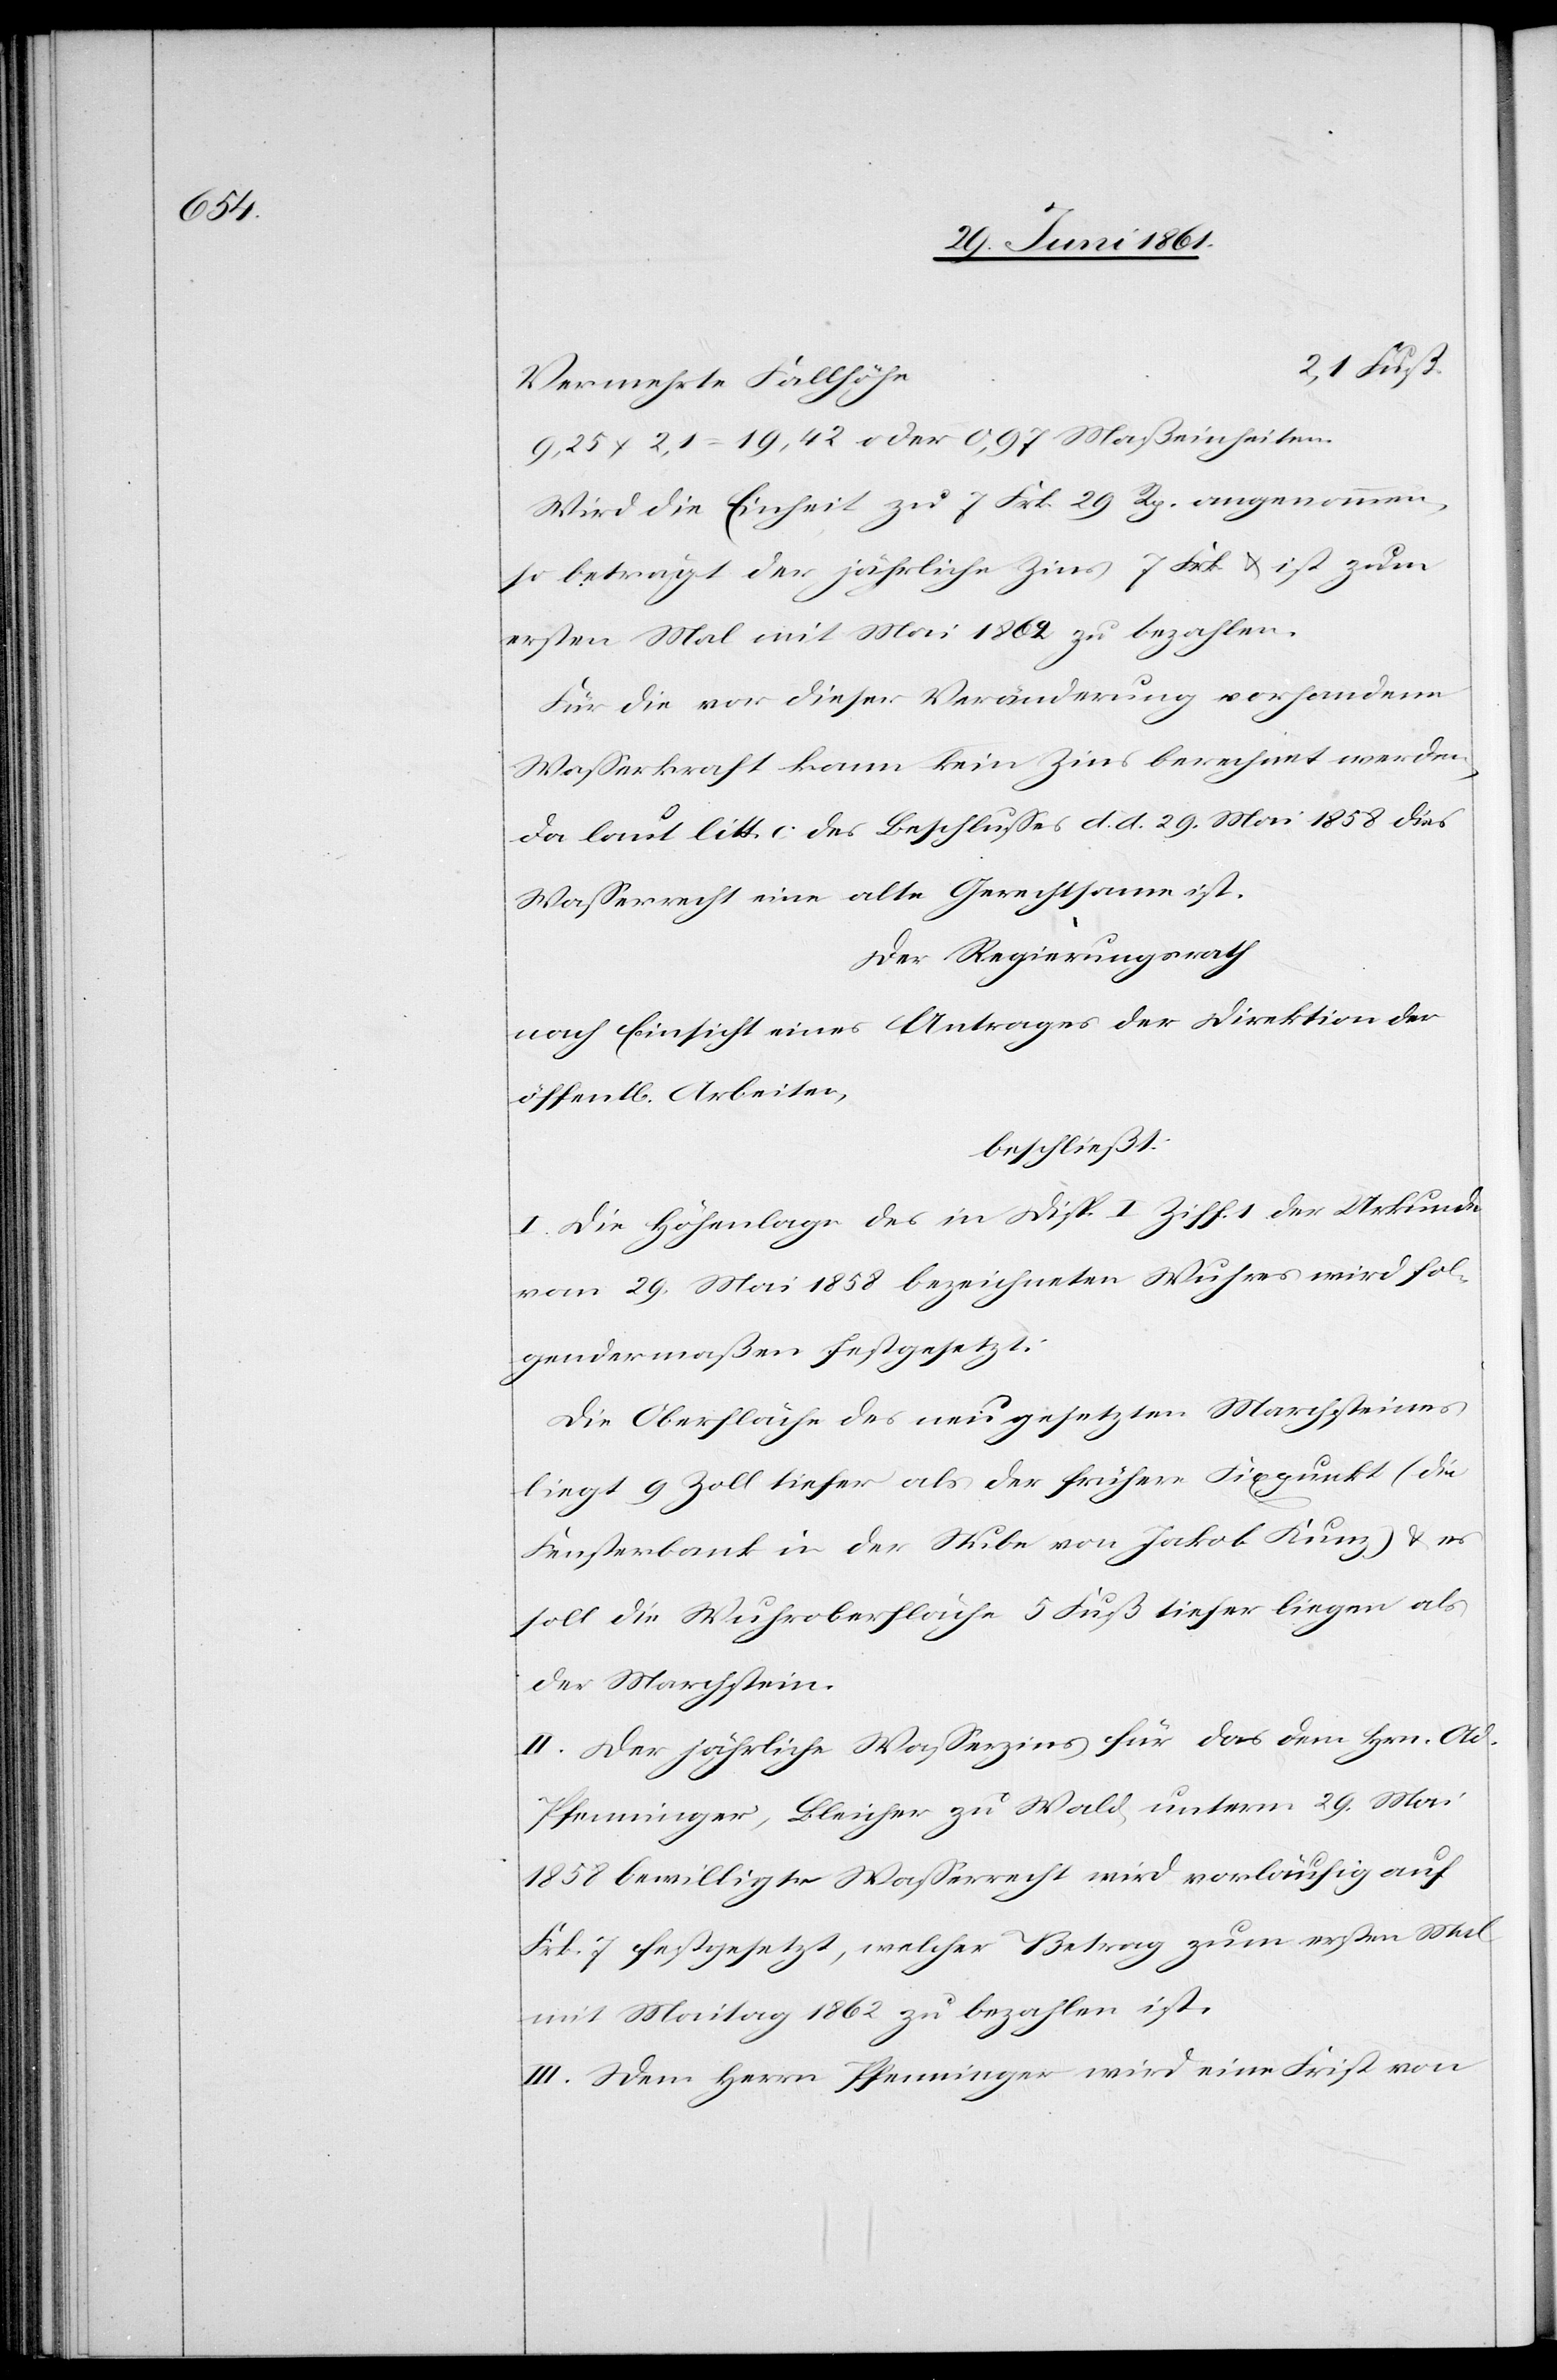
e		2,1

Vermehrte Fallhöh¬
9,25 x 2,1 = 19,42 oder 0,97 Maßeinheiten.
Wird die Einheit zu 7 Frk. 29 Rp. angenommen,
so beträgt der jährliche Zins 7 Frk. u. ist zum
ersten Mal mit Mai 1862 zu bezahlen.
Für die vor dieser Veränderung vorhandene
Wasserkraft kann kein Zins berechnet werden,
da laut litt. c des Beschlusses d. d. 29. Mai 1858 das
Wasserrecht eine alte Gerichtsame ist.
Der Regierungsrath
nach Einsicht eines Antrages der Direktion der
öffent[lichen] Arbeiten,
beschließt:
I. Die Höhenlage des in Disp. I Ziff. 1 der Urkunde
vom 29. Mai 1858 bezeichneten Wuhres wird fol¬
gendermaßen festgesetzt:
Die Oberfläche des neu gesetzten Marchsteines
liegt 9 Zoll tiefer als der frühere Fixpunkt (die
Fensterbank in der Stube von Jakob Kunz) u. es
soll die Wuhroberfläche 5 Fuß tiefer liegen als
der Marchstein.
II. Der jährliche Wasserzins für das dem Hrn. Ad.
Pfenninger, Bleicher zu Wald, unterm 29. Mai
1858 bewilligte Wasserrecht wird vorläufig auf
Frk. 7 festgesetzt, welcher Betrag zum ersten Mal
mit Maitag 1862 zu bezahlen ist.
III. Dem Herrn Pfenninger wird eine Frist von